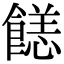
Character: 䭐